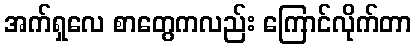
အက်ရှလေ စာတွေကလည်း ကြောင်လိုက်တာ